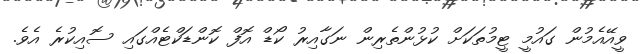
ވީއޭއެމުން ގައުމީ ޓީމުތަކަށް ކުޅުންތެރިން ނަގާއިރު ކޯޑް އޮފް ކޮންޑަކްޓެއްގައި ސޮއިކުރެ އެވެ.